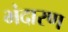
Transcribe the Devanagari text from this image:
भंदारण